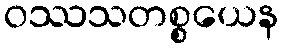
ဝဿသတစ္စယေန